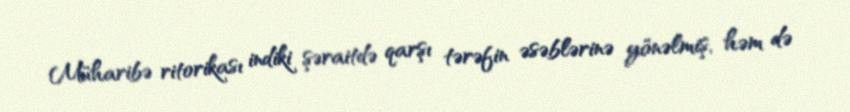
Müharibə ritorikası indiki şəraitdə qarşı tərəfin əsəblərinə yönəlmiş, həm də